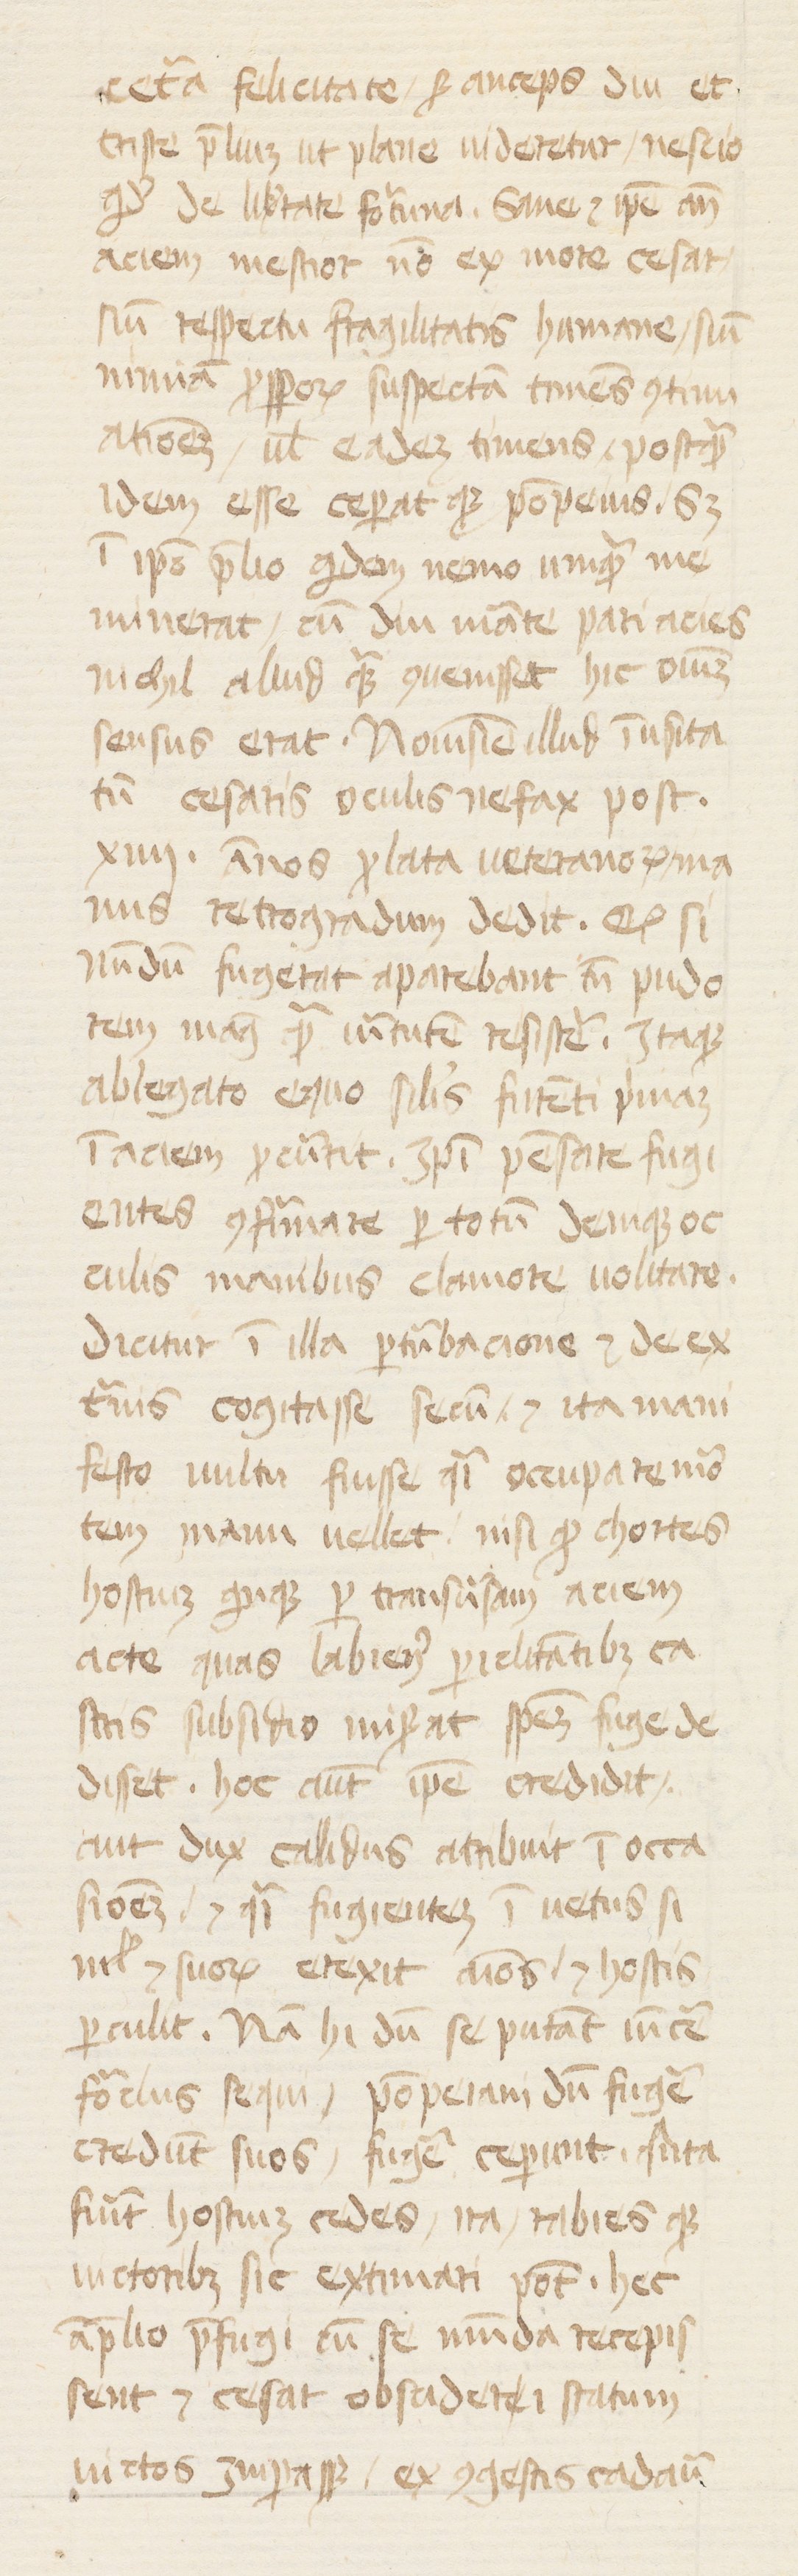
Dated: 1400–1415